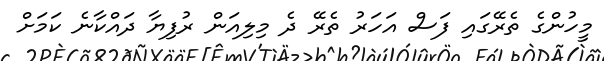
މީހުންގެ ތެރޭގައި ފަސް އަހަރު ތެރޭ ދެ މިލިއަން ރުފިޔާ ދައްކާނެ ކަމަށް